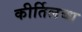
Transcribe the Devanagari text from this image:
कीर्तिलब्ध